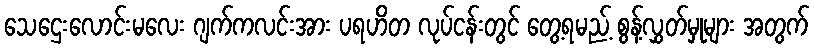
သေဌေးလောင်းမလေး ဂျက်ကလင်းအား ပရဟိတ လုပ်ငန်းတွင် တွေ့ရမည့် စွန့်လွှတ်မှုများ အတွက်